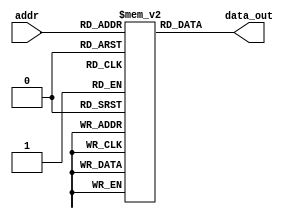
`timescale 1ns / 1ps
//////////////////////////////////////////////////////////////////////////////////
// Company: 
// Engineer: 
// 
// Design Name: 
// Module Name: InstMem
// Project Name: 
// Target Devices: 
// Tool Versions: 
// Description: 
// 
// Dependencies: 
// 
// Revision:
// Revision 0.01 - File Created
// Additional Comments:
// 
//////////////////////////////////////////////////////////////////////////////////

module InstMem (input [5:0] addr, output [31:0] data_out);
   reg [31:0] mem [0:63];
   assign data_out = mem[addr];
   

    initial begin
    
//        mem[0]=32'b000000000000_00000_010_00001_0000011 ; //lw x1, 0(x0)
//        mem[1]=32'b000000000100_00000_010_00010_0000011 ; //lw x2, 4(x0)
//        mem[2]=32'b000000001000_00000_010_00011_0000011 ; //lw x3, 8(x0)
//        mem[3]=32'b0000000_00010_00001_110_00100_0110011 ; //or x4, x1, x2
//        mem[4]=32'b00000000001100100000010001100011; //beq x4, x3, 4
//        mem[5]=32'b0000000_00010_00001_000_00011_0110011 ; //add x3, x1, x2        
//        mem[6]=32'b0000000_00010_00011_000_00101_0110011 ; //add x5, x3, x2
//        mem[7]=32'b0000000_00101_00000_010_01100_0100011; //sw x5, 12(x0)
//        mem[8]=32'b000000001100_00000_010_00110_0000011 ; //lw x6, 12(x0)
//        mem[9]=32'b0000000_00001_00110_111_00111_0110011 ; //and x7, x6, x1
//        mem[10]=32'b0100000_00010_00001_000_01000_0110011 ; //sub x8, x1, x2
//        mem[11]=32'b0000000_00010_00001_000_00000_0110011 ; //add x0, x1, x2
//        mem[12]=32'b0000000_00001_00000_000_01001_0110011 ; //add 9, x0, addr
        
//        mem[0]=32'b00000000000000000010000010000011; //lw x1, 0(x0) 
//        mem[1]=32'b00000000010000000010000100000011; //lw x2, 4(x0)
//        mem[2]=32'b00000000100000000010000110000011; //lw x3, 8(x0) 
//        mem[3]=32'b00000000001000001000000010110011; //add x1, x1, x2                   
//        mem[4]=32'b00000000001100001000010001100011; //beq x1, x3, End
//        mem[5]=32'b11111110000000000000110011100011; //beq x0, x0, L1
//        mem[6]=32'b01000000001100011000000110110011; //sub x3, x3, x3


// RAMY TESTING

//        mem[0]=32'b00000001000000000000101100010011; // addi x22, x0, 16
        
//         mem[0]=32'b11111111000000000000101100010011; // addi x22, x0, -16
//         mem[1]=32'b00000000000110110101101110010011; // srli x23, x22, 1
//         mem[2]=32'b01000000000110110101110000010011; // srai x24, x22, 1
//         mem[3]=32'b00000000000100000000110010010011; // addi x25, x0, 1
//         mem[4]=32'b01000001100110110101110100110011; // sra x26, x22, x25
//         mem[5]=32'b00000000101010110100110110010011; // xori x27, x22, 10
//         mem[6]=32'b00000001100110110100111000110011; // xor x28, x22, x25
//         mem[7]=32'b00000001100110110101111010110011; // srl x29, x22, x25
//         mem[8]=32'b00000001001110001000000010110111; // lui x1, 5000
//         mem[9]=32'b00010010110000000010001000010011; // slti x4, x0, 300
//        mem[10]=32'b11111111101100000010001010010011; // slti x5, x0, -5
//        mem[11]=32'b11111111101100000011001100010011; // sltiu x6, x0, -5
//        mem[12]=32'b00010010110000000011001110010011; // sltiu x7, x0, 300
//        mem[13]=32'b11111111111100000110010000010011; // ori x8, x0, -1
//        mem[14]=32'b00000000000100001111010010010011; // andi x9, x1, 1
//        mem[15]=32'b00000000000000000000010100000011; // lb x10, 0(x0)
//        mem[16]=32'b00000000000000000001010110000011; // lh x11, 0(x0)
//        mem[17]=32'b00000000000000000010011000000011; // lw x12, 0(x0)
//        mem[18]=32'b00000000000100001000000010010011; // addi x1, x1, 1
//        mem[19]=32'b00000000000000000100011010000011; // lbu x13, 0(x0)
//        mem[20]=32'b00000000000000000101011100000011; // lhu x14, 0(x0)

// Load and Store Testing
//        mem[0]=32'b00000001001110001000000010110111; // lui x1, 5000
//        mem[1]=32'b00000000000100001000000010010011; // addi x1, x1, 1
//        mem[2]=32'b00000000000100000010001000100011; // sw x1, 4(x0)
//        mem[3]=32'b00000000000100000001010000100011; // sh x1, 8(x0)
//        mem[4]=32'b00000000000100000000010100100011; // sb x1, 10(x0)
//        mem[5]=32'b00000000010000000010111110000011; // lw x31, 4(x0)
//        mem[6]=32'b00000000010000000001111100000011; // lh x30, 4(x0)
//        mem[7]=32'b00000000010000000000111010000011; // lb x29, 4(x0)
//        mem[8]=32'b00000000000000000000000001110011; // ECALL
//        mem[9]=32'b00000000010000000101111000000011; // lhu x28, 4(x0)
//        mem[10]=32'b00000000000100000000000001110011; // EBREAK
        

// BRANCHING TESTING
  
//         mem[0]=32'h00500093;  // addi x1, x1, 5
//         mem[1]=32'hffc00113;  // addi x2, x2, -4
//         mem[2]=32'h00108463;  // beq x1, x1, 8
//         mem[3]=32'h00a00193;  // addi x3, x0, 10 
//         mem[4]=32'h00b00213;  //  addi x4 x0 11
//         mem[5]=32'h00209463;  //  bne x1 x2    
//         mem[6]=32'h00a00193;  //  addi x3 x0 10
//         mem[7]=32'h00c00213;  //  addi x4 x0 12
//         mem[8]=32'h0020d463;  //  bge x1 x2 8  
//         mem[9]=32'h00a00193;  //  addi x3 x0 10
//        mem[10]=32'h00d00213; //  addi x4 x0 13
//        mem[11]=32'h0020e463; //  bltu x1 x2 8	
//        mem[12]=32'h00a00193; //  addi x3 x0 10
//        mem[13]=32'h00e00213; //  addi x4 x0 14
//        mem[14]=32'h00114463; //  blt x2, x1, 8
//        mem[15]=32'h00a00193; //  addi x3, x0, 10
//        mem[16]=32'h00f00213; //  addi x4, x0, 15
//        mem[17]=32'h00117463; //  bgeu x2, x1, 8
//        mem[18]=32'h00a00193; //  addi x3, x0, 10
//        mem[19]=32'h01000213; //  addi x4, x0, 16
//        mem[20]=32'h008002ef; //  jal x5, 8
//        mem[21]=32'h00a00193; //  addi x3, x0, 10 
//        mem[22]=32'h01100213; //  addi x4, x0, 17
//        mem[23]=32'h00028067; // jalr x0, 0(x5)
//        mem[23]=32'h000283e7; // jalr x7, 0(x5)
//        mem[23]=32'h0x00036f97; // auipc x31, 54
//        mem[24]=32'h0x00036f37; // lui x30, addr 
                  
       


// ZEIN TESTING SLT AND SLTU 
//        mem[0]=32'b11111111000000000000101100010011; // addi x22, x0, -16
//        mem[1]=32'b00000000111000000000101110010011; // addi x23, x0, 14
//        mem[2]=32'b00000001011010111010110000110011; // slt x24, x23, x22 (should be 0)
//        mem[3]=32'b00000001011110110010110010110011; // slt x25, x22, x23 (should be 1)
//        mem[4]=32'b00000001011010111011110100110011; // sltu x26, x23, x22 (should be 1)
//        mem[5]=32'b00000001011110110011110110110011; // sltu x27, x22, x23 (should be 0)

// AMR TESTING


         mem[0] = 32'b00000000000000001001010100010111; // auipc x10, 9
         mem[1] = 32'b00000000000000001001010010110111; // lui x9, 9
         mem[2] = 32'b00000000010001010000010110010011; // addi x11, x10, 4
         mem[3] = 32'b00000000000001010000011000110011; //add x12, x10, x0
         mem[4] = 32'b00000000100000000000000011101111; //jal ra,8
         mem[5] = 32'b00000000000000000000000000001111; // fence 
         mem[6] = 32'b00001000101101010000110001100011; //beq x10, x11, 152
         mem[7] = 32'b00000000101101010001010001100011 ;//bne x10, x11, 8
         mem[8] = 32'b00000000000000000000000001110011; // ecall 
         mem[9] = 32'b00000011001000000000001100010011; //addi x6, x0, 50
        mem[10] = 32'b00000000001000110001001100010011; //slli x6, x6, 2
        mem[11] = 32'b00000000001000000000001110010011 ; //addi x7, x0, 2
        mem[12] = 32'b00000000011100000000000000100011;//sb x7, 0(x0)
        mem[13] = 32'b00000000101000000001000000100011; //sh x10, 0(x0)
        mem[14] = 32'b00000000101000000010000000100011; // sw x10, 0(x0)
        mem[15] = 32'b00000000000000000000111000000011; // lb x28, 0(x0)
        mem[16] = 32'b00000000000000000001111010000011;//lh x29, 0(x0)
        mem[17] = 32'b00000000000000000010111100000011; //lw x30, 0(x0)
        mem[18] = 32'b00000000000000000100111110000011; //lbu x31, 0(x0)
        mem[19] = 32'b00000000000000000101001100000011; //lhu x6, 0(x0)
        mem[20] = 32'b00000110101101100101000001100011; // bge x12, x11, 96
        mem[21] = 32'b00000100110001011100111001100011; //blt x11, x12, 92
        mem[22] = 32'b00000100101101100111110001100011; //bgeu x12, x11, 88         
        mem[23] = 32'b00000100110001011110101001100011; //bltu x11, x12, 84
        mem[24] = 32'b11111001110001100011001100010011; //sltiu x6, x12, -100 
        mem[25] = 32'b00000000001100110100111000010011; //xori x28, x6, 3
        mem[26] = 32'b00000000010111100110111000010011; //ori x28, x28, 5
        mem[27] = 32'b00000000010111100111111000010011; //andi x28, x28, 5
        mem[28] = 32'b00000000000111100101111000010011; //srli x28, x28, 1
        mem[29] = 32'b00000010100011100000111000010011; //addi x28, x28, 40
        mem[30] = 32'b01000000001011100101111000010011; //srai x28, x28, 2
        mem[31] = 32'b00000000001100000000001110010011; //addi x7, x0, 3
        mem[32] = 32'b01000000011111100000111000110011; // sub x28, x28, x7
        mem[33] = 32'b00000001110011100001111000110011; //sll x28, x28, x28
        mem[34] = 32'b00000001110011100010111100110011; //slt x30, x28, x28
        mem[35] = 32'b00000000011000000000111010010011; //addi x29, x0, 6
        mem[36] = 32'b00000001110011101011111100110011; //sltu x30, x29, x28
        mem[37] = 32'b00000001110111110100111100110011; //xor x30, x30, x29
        mem[38] = 32'b00000000010011110001111100010011; //slli x30, x30, 4
        mem[39] = 32'b00000000011111110101111100110011; //srl x30, x30, x7
        mem[40] = 32'b01000000011111110101111100110011; //sra x30, x30, x7
        mem[41] = 32'b00000000011111110110111100110011; //or x30, x30, x7
        mem[42] = 32'b00000001110111110111111100110011; //and x30, x30, x29
        mem[43] = 32'b00000000000100000000000001110011;// ebreak
        mem[44] = 32'b00000000000000001000000001100111; // jalr x0, 0(x1)


// LAST R-TYPE TEST
//   mem[0] = 32'hff600093;  // addi x1, x0, -10
//   mem[1] = 32'h00f00113;  // addi x2, x0, 15
//   mem[2] = 32'h00100f93;  // addi x31, x0, 1
//   mem[3] = 32'h002081b3;  // add x3, x1, x2
//   mem[4] = 32'h40110233;  // sub x4, x2, x1
//   mem[5] = 32'h402082b3;  // sub x5, x1, x2
//   mem[6] = 32'h0ff0000f; // fence
//   mem[7] = 32'h01f09333;  // sll x6, x1, x31
//   mem[8] = 32'h001163b3;  // or x7 x2, x1
//   mem[9] = 32'h00117433;  // and x8, x2, x1
//   mem[10] =32'h00100073; // ebreak // EBREAK IS NOT WORKING
//   mem[11] =32'hfff00493;  // addi x9, x0,  -1

//mem[0] = 32'b00000000010001010000010110010011; // addi x11, x10, 4
//mem[1] = 32'b00000000000000000000010001100011; // BEQ x0, x0, 8
//mem[2] = 32'b00000000000001010000011000110011; //add x12, x10, x0
//mem[3] = 32'b00000000000000000001010001100011; // BNE x0, x0, 8
//mem[4] = 32'b00000011001000000000001100010011; //addi x6, x0, 50
//mem[5] = 32'b00000000000000000001010001100011; // BLT x0, x11, 8
//mem[6] = 32'b00000000001000110001001100010011; //slli x6, x6, 2
//mem[7] = 32'b00000000000000000001010001100011; // BGE x11, x0, 8
//mem[8] = 32'b00000000001000000000001110010011 ; //addi x7, x0, 2
//mem[9] = 32'b00000000000000000001010001100011; // BLTU x0, x11, 8
//mem[10] = 32'b01111111111100000000000100010011; //addi x2, x0, 2047
//mem[11] = 32'b00000000000000000001010001100011; // BGEU x11, x0, 8
//mem[12] = 32'b00000000010000000101000100000011; //lhu x2, 4(x0)
//mem[13] = 32'b00000011101000000000000001101111; //jal x0, 58
//mem[14] = 32'b00000011001000000000001100010011; //addi x6, x0, 50
//mem[15] = 32'b00000101010000000000000001100111; // jalr x0, 84(x0)
//mem[16] = 32'b00000011001000000000001100010011; //addi x6, x0, 50
//mem[17] = 32'b00000000000100000000000001110011; //EBREAK
 
 
 
 
// TESTING SRAI  
// mem[50]=32'b0000000_00000_00000_000_00000_0110011 ; //add x0, x0, x0
// mem[51]=32'b0000000_00000_00000_000_00000_0110011 ; //add x0, x0, x0
// mem[52]=32'b0000000_00000_00000_000_00000_0110011 ; //add x0, x0, x0
// mem[53]=32'hffd00b13;                               //addi x22, x0, -3
// mem[54]=32'b0000000_00000_00000_000_00000_0110011 ; //add x0, x0, x0
// mem[55]=32'b0000000_00000_00000_000_00000_0110011 ; //add x0, x0, x0
// mem[56]=32'b0000000_00000_00000_000_00000_0110011 ; //add x0, x0, x0
// mem[57]=32'b01000000000110110101110000010011;       // srai x24, x22, 1
// mem[58]=32'b0000000_00000_00000_000_00000_0110011 ; //add x0, x0, x0
// mem[59]=32'b0000000_00000_00000_000_00000_0110011 ; //add x0, x0, x0
// mem[60]=32'b0000000_00000_00000_000_00000_0110011 ; //add x0, x0, x0
// mem[61]=32'h001b5c93;                               //srli x25, x22, 1


    end
    

   
endmodule